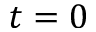
t = 0